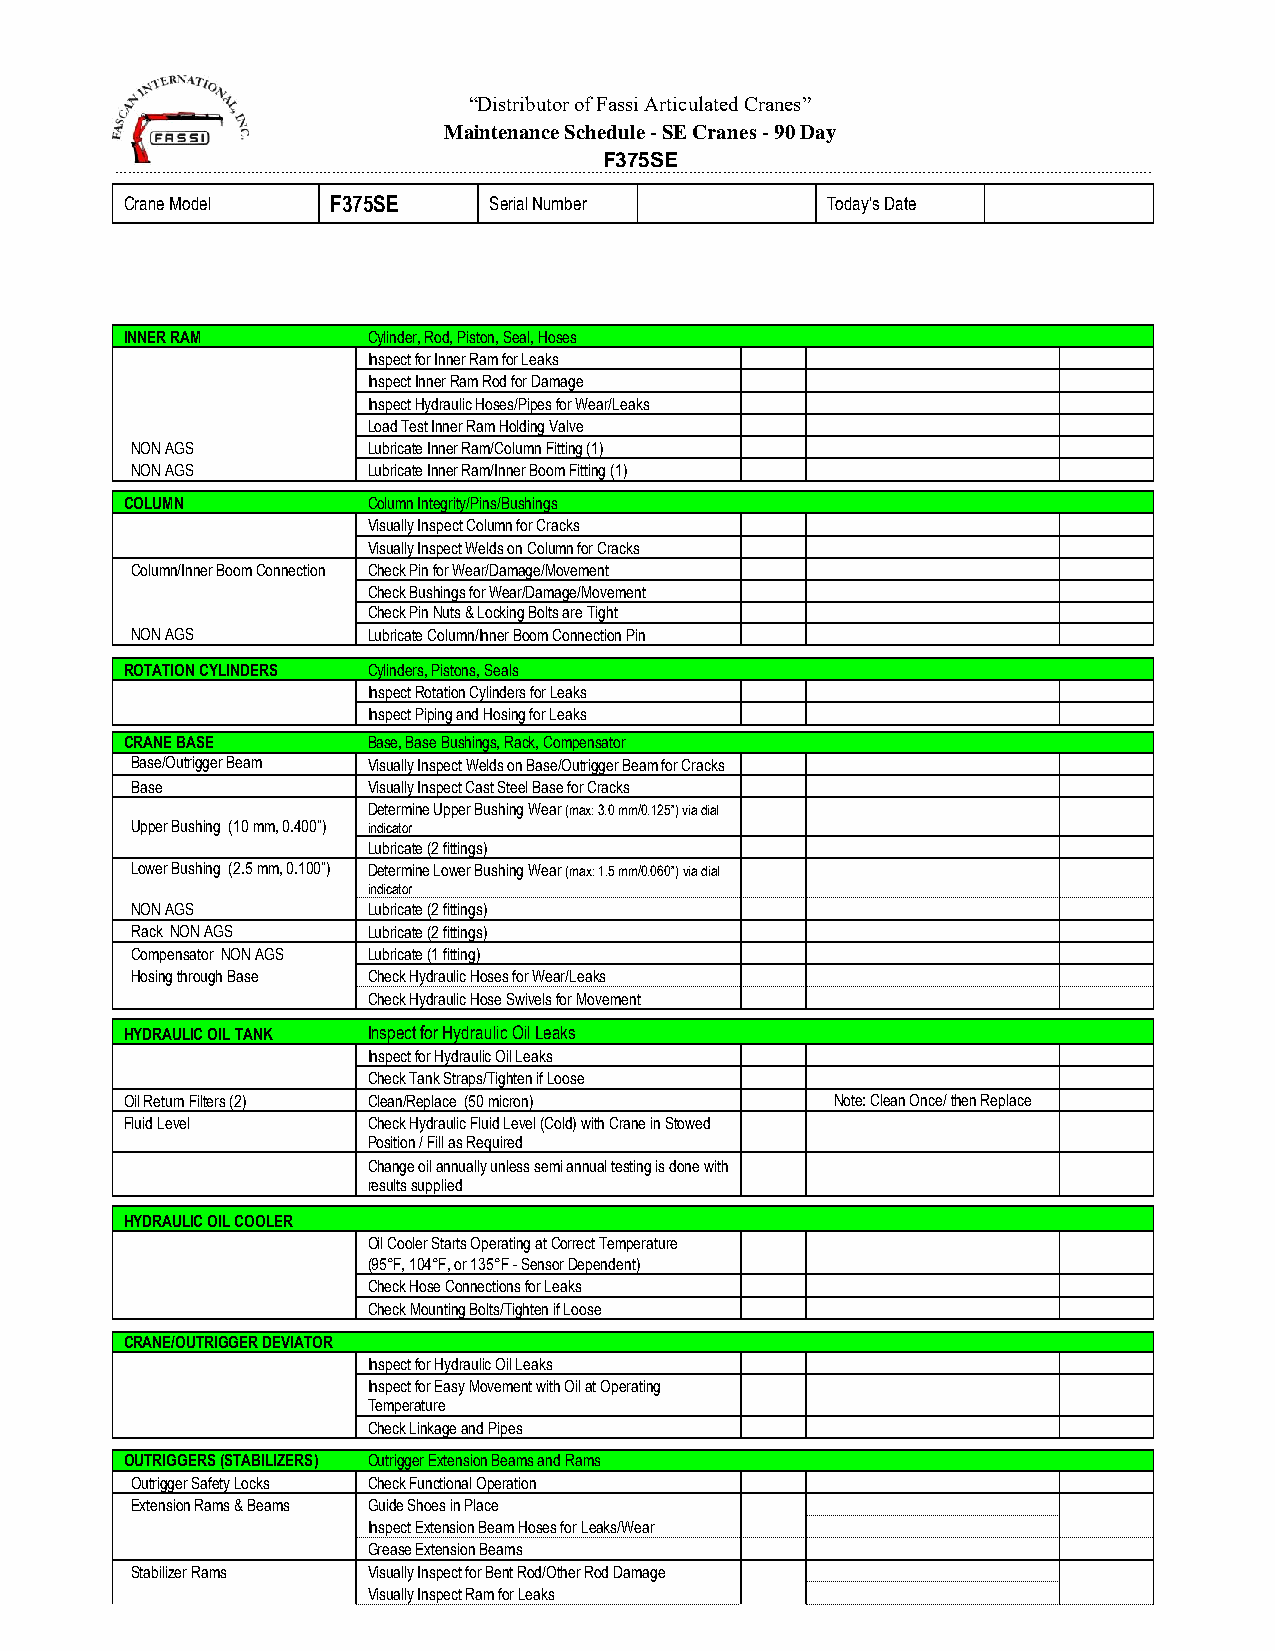
“Distributor of Fassi Articulated Cranes”
 Maintenance Schedule - SE Cranes - 90 Day
 F375SE
 ____________________________________________________________________________________________________________________________________________________________________________________________________________________________________________________
 Crane Model   F375SE    Serial Number          Today's Date
 INNER RAM       Cylinder, Rod, Piston, Seal, Hoses
 Inspect for Inner Ram for Leaks
 Inspect Inner Ram Rod for Damage
 Inspect Hydraulic Hoses/Pipes for Wear/Leaks
 Load Test Inner Ram Holding Valve
 NON AGS        Lubricate Inner Ram/Column Fitting (1)
 NON AGS        Lubricate Inner Ram/Inner Boom Fitting (1)
 COLUMN          Column Integrity/Pins/Bushings
 Visually Inspect Column for Cracks
 Visually Inspect Welds on Column for Cracks
 Column/Inner Boom Connection Check Pin for Wear/Damage/Movement
 Check Bushings for Wear/Damage/Movement
 Check Pin Nuts & Locking Bolts are Tight
 NON AGS        Lubricate Column/Inner Boom Connection Pin
 ROTATION CYLINDERS Cylinders, Pistons, Seals
 Inspect Rotation Cylinders for Leaks
 Inspect Piping and Hosing for Leaks
 CRANE BASE      Base, Base Bushings, Rack, Compensator
 Base/Outrigger Beam Visually Inspect Welds on Base/Outrigger Beam for Cracks
 Base           Visually Inspect Cast Steel Base for Cracks
 Determine Upper Bushing Wear (max: 3.0 mm/0.125”) via dial
 Upper Bushing (10 mm, 0.400”) indicator
 Lubricate (2 fittings)
 Lower Bushing (2.5 mm, 0.100”) Determine Lower Bushing Wear (max: 1.5 mm/0.060”) via dial
 indicator
 NON AGS        Lubricate (2 fittings)
 Rack NON AGS   Lubricate (2 fittings)
 Compensator NON AGS Lubricate (1 fitting)
 Hosing through Base Check Hydraulic Hoses for Wear/Leaks
 Check Hydraulic Hose Swivels for Movement
 HYDRAULIC OIL TANK Inspect for Hydraulic Oil Leaks
 Inspect for Hydraulic Oil Leaks
 Check Tank Straps/Tighten if Loose
 Oil Return Filters (2) Clean/Replace (50 micron) Note: Clean Once/ then Replace
 Fluid Level     Check Hydraulic Fluid Level (Cold) with Crane in Stowed
 Position / Fill as Required
 Change oil annually unless semi annual testing is done with
 results supplied
 HYDRAULIC OIL COOLER
 Oil Cooler Starts Operating at Correct Temperature
 (95°F, 104°F, or 135°F - Sensor Dependent)
 Check Hose Connections for Leaks
 Check Mounting Bolts/Tighten if Loose
 CRANE/OUTRIGGER DEVIATOR
 Inspect for Hydraulic Oil Leaks
 Inspect for Easy Movement with Oil at Operating
 Temperature
 Check Linkage and Pipes
 OUTRIGGERS (STABILIZERS) Outrigger Extension Beams and Rams
 Outrigger Safety Locks Check Functional Operation
 Extension Rams & Beams Guide Shoes in Place
 Inspect Extension Beam Hoses for Leaks/Wear
 Grease Extension Beams
 Stabilizer Rams Visually Inspect for Bent Rod/Other Rod Damage
 Visually Inspect Ram for Leaks